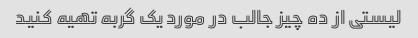
لیستی از ده چیز جالب در مورد یک گربه تهیه کنید